Report of the Hyderabad Chloroform Commission
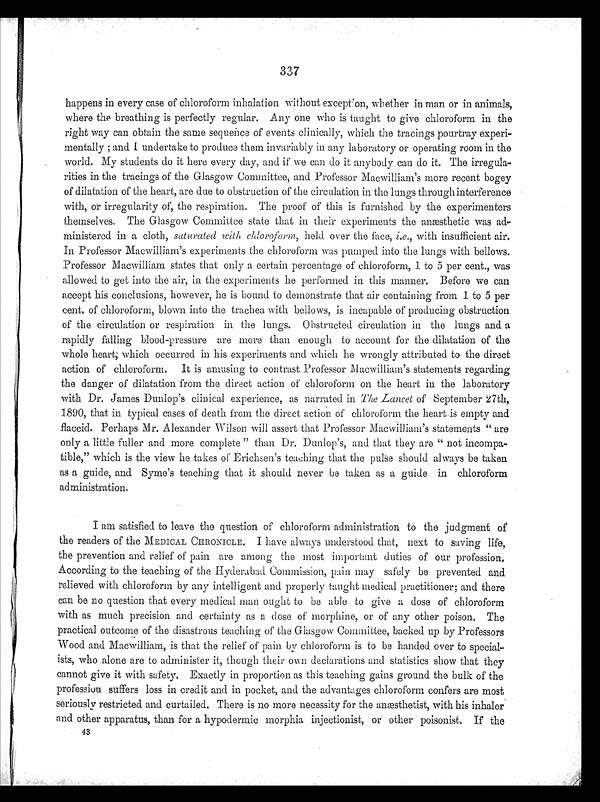
337
happens in every case of chloroform inhalation without exception, whether in man or in animals,
where the breathing is perfectly regular. Any one who is taught to give chloroform in the
right way can obtain the same sequence of events clinically, which the tracings pourtray experi--
mentally; and I undertake to produce them invariably in any laboratory or operating room in the
world. My students do it here every day, and if we can do it anybody can do it. The irregula--
rities in the tracings of the Glasgow Committee, and Professor Macwilliam's more recent bogey
of dilatation of the heart, are due to obstruction of the circulation in the lungs through interference
with, or irregularity of, the respiration. The proof of this is furnished by the experimenters
themselves. The Glasgow Committee state that in their experiments the anæsthetic was ad
-ministered in a cloth, saturated with chloroform, held over the face, i.e ., with insufficient air.
In Professor Macwilliam's experiments the chloroform was pumped into the lungs with bellows.
Professor Macwilliam states that only a certain percentage of chloroform, 1 to 5 per cent., was
allowed to get into the air, in the experiments he performed in this manner. Before we can
accept his conclusions, however, he is bound to demonstrate that air containing from 1 to 5 per
cent. of chloroform, blown into the trachea with bellows, is incapable of producing obstruction
of the circulation or respiration in the lungs. Obstructed circulation in the lungs and a
rapidly falling blood-pressure are more than enough to account for the dilatation of the
whole heart; which occurred in his experiments and which he wrongly attributed to the direct
action of chloroform. It is amusing to contrast Professor Macwilliam's statements regarding
the danger of dilatation from the direct action of chloroform on the heart in the laboratory
with Dr. James Dunlop's clinical experience, as narrated in The Lancet of September 27th,
1890, that in typical cases of death from the direct action of chloroform the heart is empty and
flaccid. Perhaps Mr. Alexander Wilson will assert that Professor Macwilliam's statements "are
only a little fuller and more complete" than Dr. Dunlop's, and that they are "not incompa--
tible," which is the view he takes of Erichsen's teaching that the pulse should always be taken
as a guide, and Syme's teaching that it should never be taken as a guide in chloroform
administration.
I am satisfied to leave the question of chloroform administration to the judgment of
the readers of the MEDICAL CHRONICLE. I have always understood that, next to saving life,
the prevention and relief of pain are among the most important duties of our profession.
According to the teaching of the Hyderabad Commission, pain may safely be prevented and
relieved with chloroform by any intelligent and properly taught medical practitioner; and there
can be no question that every medical man ought to be able to give a dose of chloroform
with as much precision and certainty as a dose of morphine, or of any other poison. The
practical outcome of the disastrous teaching of the Glasgow Committee, backed up by Professors
Wood and Macwilliam, is that the relief of pain by chloroform is to be handed over to special--
ists, who alone are to administer it, though their own declarations and statistics show that they
cannot give it with safety. Exactly in proportion as this teaching gains ground the bulk of the
profession suffers loss in credit and in pocket, and the advantages chloroform confers are most
seriously restricted and curtailed. There is no more necessity for the anæsthetist, with his inhaler
and other apparatus, than for a hypodermic morphia injectionist, or other poisonist. If the
43